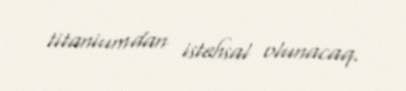
titaniumdan istehsal olunacaq.